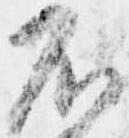
不